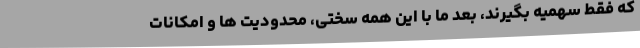
که فقط سهمیه بگیرند، بعد ما با این همه سختی، محدودیت ها و امکانات